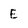
Character: E